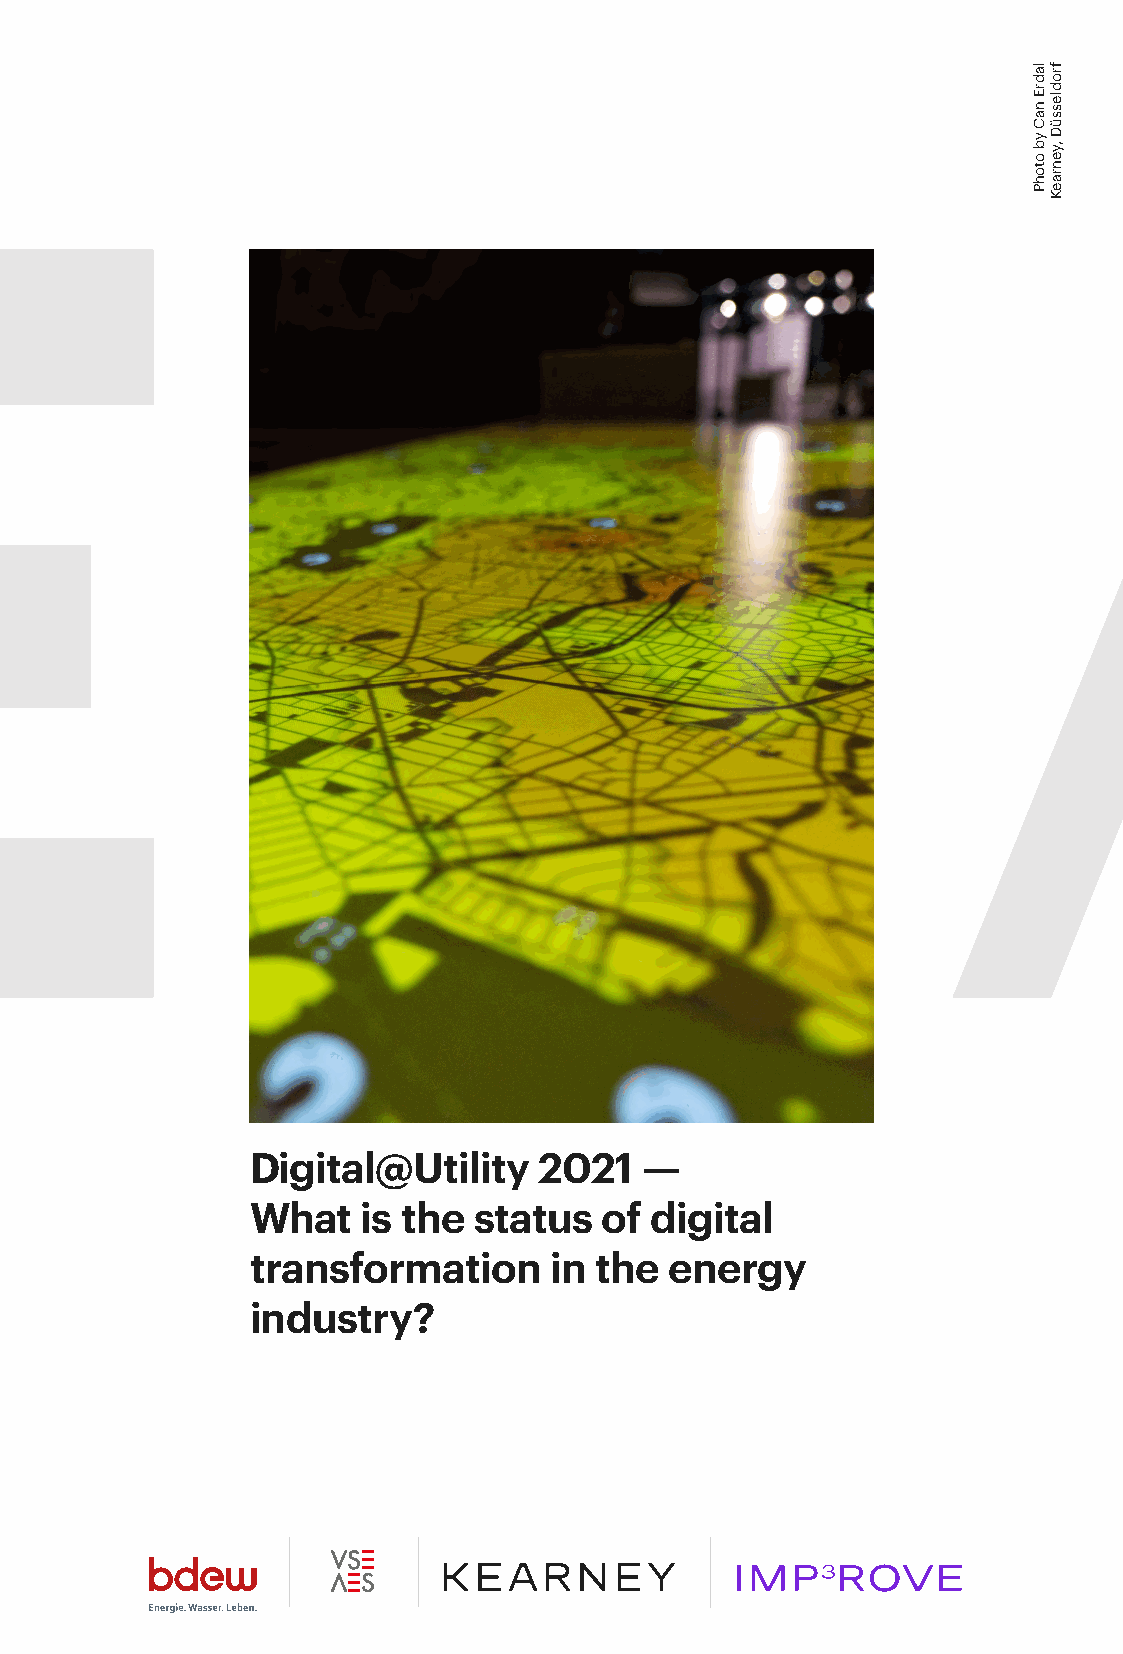
Digital@Utility    2021   —
 What   is the status   of digital
 transformation     in the  energy
 industry?
 ladrE
 naC
 yb
 otohP
 frodlessüD
 ,yenraeK